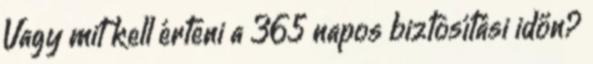
Vagy mit kell érteni a 365 napos biztosítási időn?